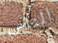
الناس